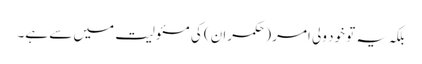
بلکہ یہ تو خود ولی امر (حکمران) کی مسئولیت میں سے ہے۔